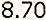
8.70